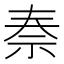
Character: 𥘿